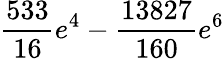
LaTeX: \frac{533}{16}e^{4}-\frac{13827}{160}e^{6}